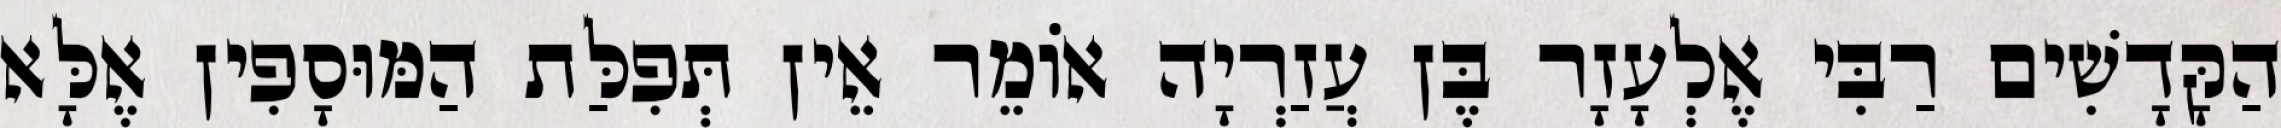
הַקָּדָשִׁים רַבִּי אֶלְעָזָר בֶּן עֲזַרְיָה אוֹמֵר אֵין תְּפִלַּת הַמּוּסָפִין אֶלָּא